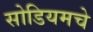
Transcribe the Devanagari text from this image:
सोडियमचे